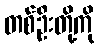
တစ်ဦးတို့ကို